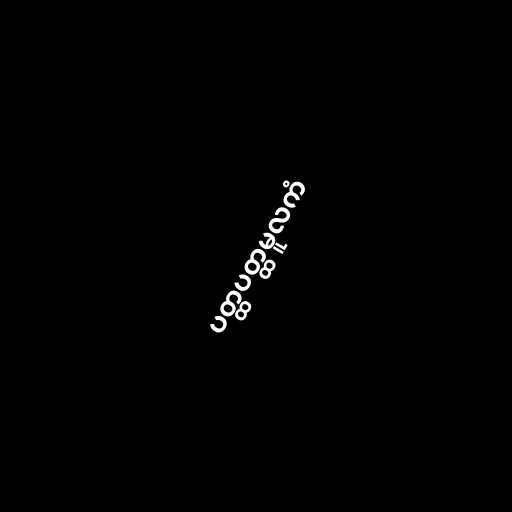
ပတ္ထပတ္ထမူလကံ